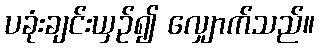
ပခုံးချင်းယှဉ်၍ လျှောက်သည်။